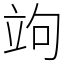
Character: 竘